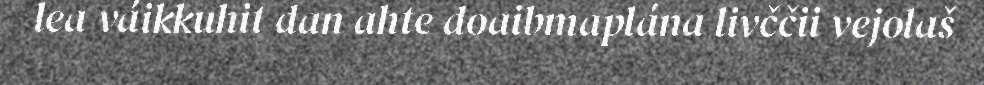
lea váikkuhit dan ahte doaibmaplána livččii vejolaš